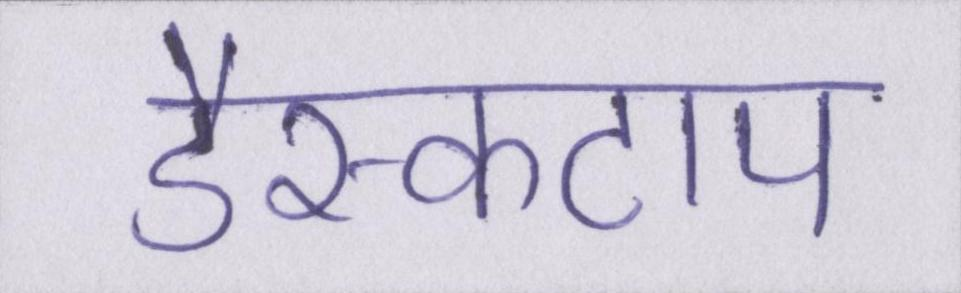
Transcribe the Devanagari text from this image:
डैस्कटाप